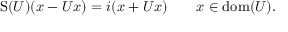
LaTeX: \operatorname { S } ( U ) ( x - U x ) = i ( x + U x ) \qquad x \in \operatorname { d o m } ( U ) .